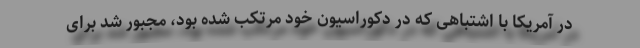
در آمریکا با اشتباهی که در دکوراسیون خود مرتکب شده بود، مجبور شد برای